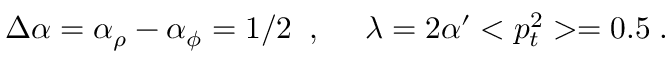
\Delta \alpha = \alpha _ { \rho } - \alpha _ { \phi } = 1 / 2 \; \; , ~ ~ ~ ~ \lambda = 2 \alpha ^ { \prime } < p _ { t } ^ { 2 } > = 0 . 5 \; .